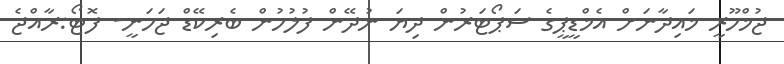
ޖުމްހޫރީ މައިދާނަށް އެމްޑީޕީގެ ސަޕޯޓަރުން ދިޔަ ނުދޭން ފުލުހުން ބެރިކޭޑް ޖަހަނީ- ފޮޓޯ:ރާއްޖެ